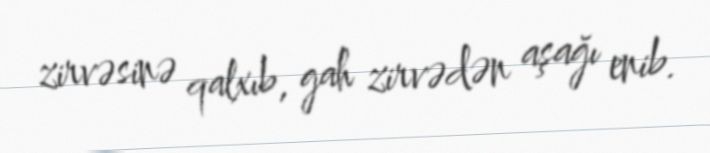
zirvəsinə qalxıb, gah zirvədən aşağı enib.